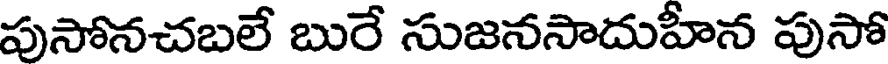
పుసోనచబలే బురే సుజనసాదుహీన పుసో